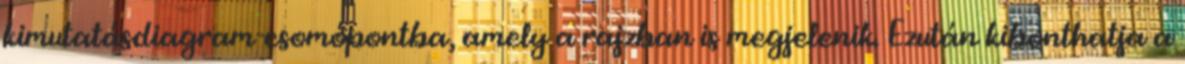
kimutatásdiagram-csomópontba, amely a rajzban is megjelenik. Ezután kibonthatja a